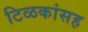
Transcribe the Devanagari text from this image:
टिळकांसह